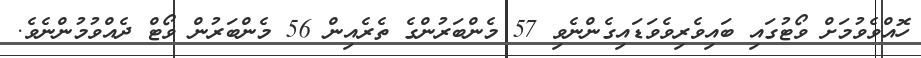
ހޮއްވެވުމަށް ވޯޓުގައި ބައިވެރިވެވަޑައިގެންނެވި 57 މެންބަރުންގެ ތެރެއިން 56 މެންބަރުން ވޯޓް ދެއްވުމުންނެވެ.